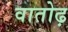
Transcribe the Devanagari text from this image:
वातोढ़